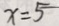
x = 5